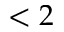
< 2